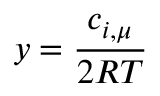
y = \frac { c _ { i , \mu } } { 2 R T }